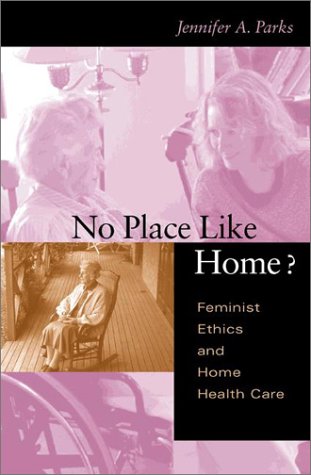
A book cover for No Place Like Home?: Feminist Ethics and Home Health Care (Medical Ethics); Jennifer A. Parks; Medical Books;